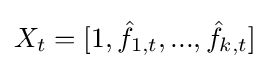
X_{t}=[1,{\hat {f}}_{1,t},...,{\hat {f}}_{k,t}]